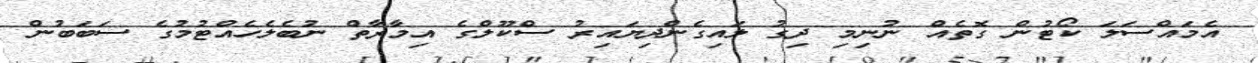
އެމައްސަލަ ކޯޓުން ގޮތެއް ނުނިމި ދިގު ލައިގެންދިޔައިރު ސްކޫލްގެ އިމާރާތް ނުބެލެހެއްޓުމުގެ ސަބަބުން